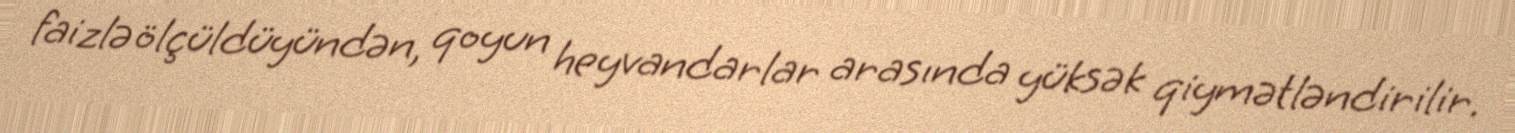
faizlə ölçüldüyündən, qoyun heyvandarlar arasında yüksək qiymətləndirilir.